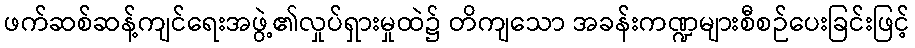
ဖက်ဆစ်ဆန့်ကျင်ရေးအဖွဲ့၏လှုပ်ရှားမှုထဲ၌ တိကျသော အခန်းကဏ္ဍများစီစဉ်ပေးခြင်းဖြင့်